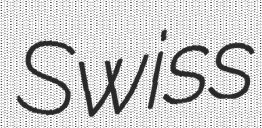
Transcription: Swiss